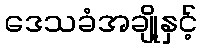
ဒေသခံအချို့နှင့်